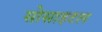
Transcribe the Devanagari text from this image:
सोसाइटल